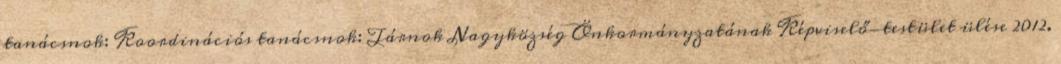
tanácsnok: Koordinációs tanácsnok: Tárnok Nagyközség Önkormányzatának Képviselő-testület ülése 2012.